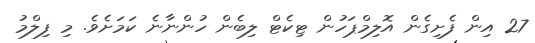
27 އިން ފެށިގެން އޮލިމްޕަހުން ޓިކެޓް ލިބެން ހުންނާނެ ކަމަށެވެ. މި ފިލްމު